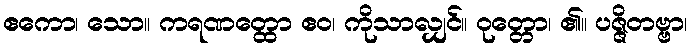
ဧကော၊ သော။ ကရဏတ္ထော ဧဝ၊ ကိုသာလျှင်။ ဝုတ္တော၊ ၏။ ပဇ္ဇိတဗ္ဗာ၊